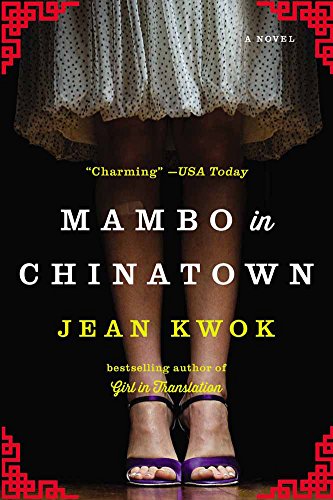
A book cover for Mambo in Chinatown: A Novel; Jean Kwok; Literature & Fiction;